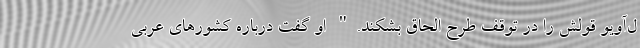
ل‌آویو قولش را در توقف طرح الحاق بشکند." او گفت درباره کشورهای عربی